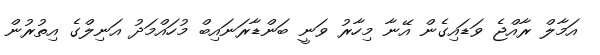
އަމާލް ރާއްޖެ ވަޑައިގެން އޭނާ މިހާރު ވަނީ ބަންޑާރަނައިބް މުހައްމަދު އަނިލްގެ އިތުރުން